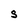
Character: S